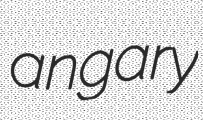
angary